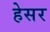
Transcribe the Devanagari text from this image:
हेसर